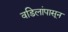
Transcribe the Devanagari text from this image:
वडिलांपासून